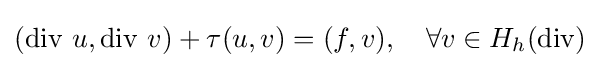
(\operatorname {div} \,u,\operatorname {div} \,v)+\tau (u,v)=(f,v),\quad \forall v\in H_{h}(\operatorname {div} )